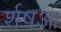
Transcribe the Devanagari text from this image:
र्शषआ